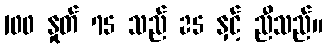
100 နှုတ် 75 သည် 25 နှင့် ညီသည်။